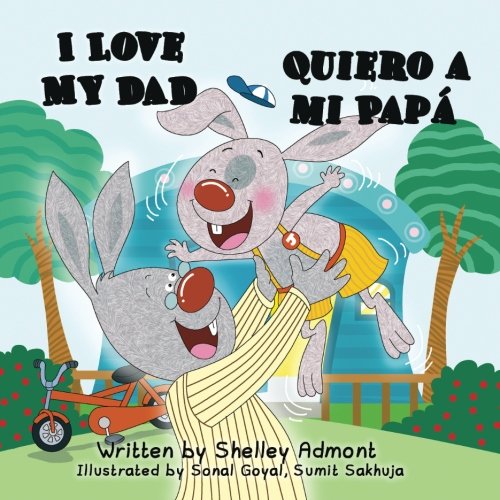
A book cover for I Love My Dad- Quiero a mi PapÃ¡ (A bilingual English Spanish book) (I Love to...) (Spanish Edition); Shelley Admont; Children's Books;